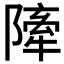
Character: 𨼀